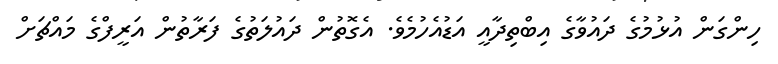
ހިންގަން އުޅުމުގެ ދައުވާގެ އިބްތިދާއީ އަޑުއެހުމެވެ. އެގޮތުން ދައުލަތުގެ ފަރާތުން އަރީފްގެ މައްޗަށް